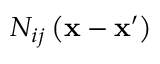
N _ { i j } \left( \mathbf { x } - \mathbf { x } ^ { \prime } \right)